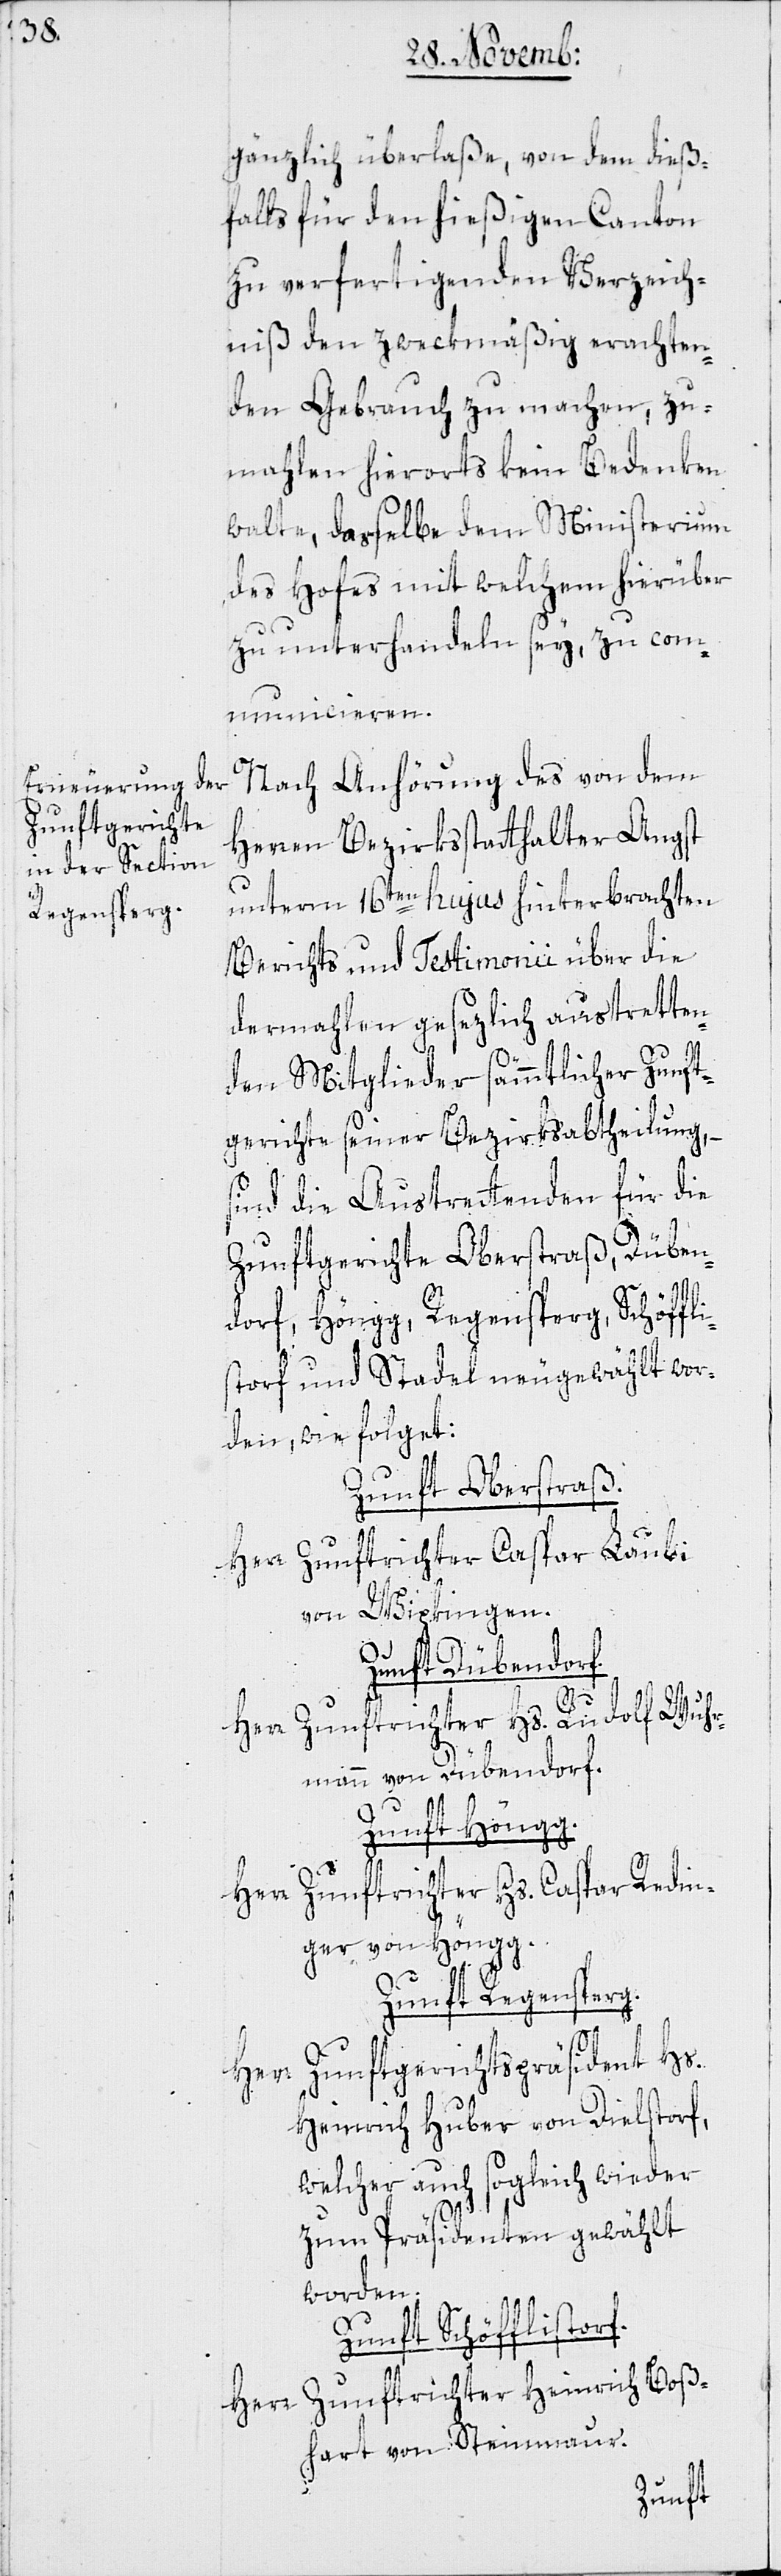
gänzlich überlaße, von dem dieß¬
falls für den hießigen Canton
zu verfertigenden Verzeich¬
niß den zweckmäßig erachten¬
den Gebrauch zu machen, zu¬
mahlen hierorts kein Bedenken
walte, dasselbe dem Ministerium
des Hofes mit welchem hierüber
zu unterhandeln sey, zu com¬
municieren.
Nach Anhörung des von dem
Herren Bezirksstatthalter Angst
unterm 16ten hujus hinterbrachten
Berichts und Testimonii über die
dermahlen gesezlich austretten¬
den Mitglieder sämmtlicher Zunft¬
gerichte seiner Bezirksabtheilung, –
sind die Austrettenden für die
Zunftgerichte Oberstraß, Düben¬
dorf, Höngg, Regensperg, Schöffli¬
storf und Stadel neugewählt wor¬
den, wie folget:
Zunft Oberstraß.
Herr Zunftrichter Caspar Laubi
von Wipkingen.
Zunft Dübendorf.
Wuhr¬
Herr Zunftrichter Hs. Rudolf
mann von Dübendorf.
Zunft Höngg.
Herr Zunftrichter Hs. Caspar Redin¬
ger von Höngg.
Zunft Regensberg.
Herr Zunftgerichtspräsident Hs.
Heinrich Huber von Dielstorf,
welcher auch sogleich wieder
zum Präsidenten gewählt
worden.
Zunft Schöfflistorf.
Herr Zunftrichter Heinrich Boß¬
hart von Steinmaur.